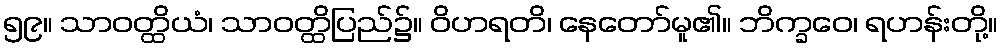
၅၉။ သာဝတ္ထိယံ၊ သာဝတ္ထိပြည်၌။ ဝိဟရတိ၊ နေတော်မူ၏။ ဘိက္ခဝေ၊ ရဟန်းတို့။